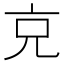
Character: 𠑽